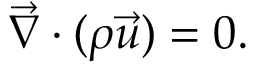
\vec { \nabla } \cdot ( \rho \vec { u } ) = 0 .